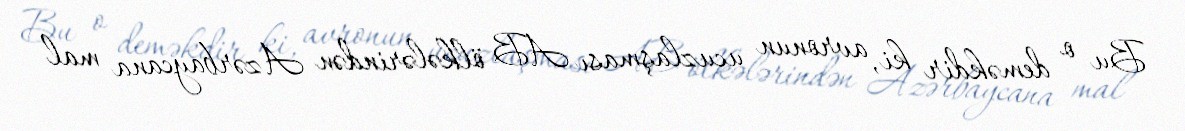
Bu o deməkdir ki, avronun ucuzlaşması AB ölkələrindən Azərbaycana mal